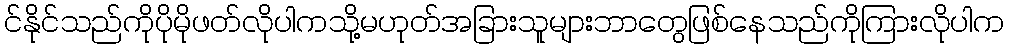
င်နိုင်သည်ကိုပိုမိုဖတ်လိုပါကသို့မဟုတ်အခြားသူများဘာတွေဖြစ်နေသည်ကိုကြားလိုပါက